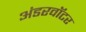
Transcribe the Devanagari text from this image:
अंडरवॉटर